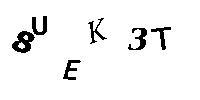
8UEK3T